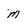
Character: m